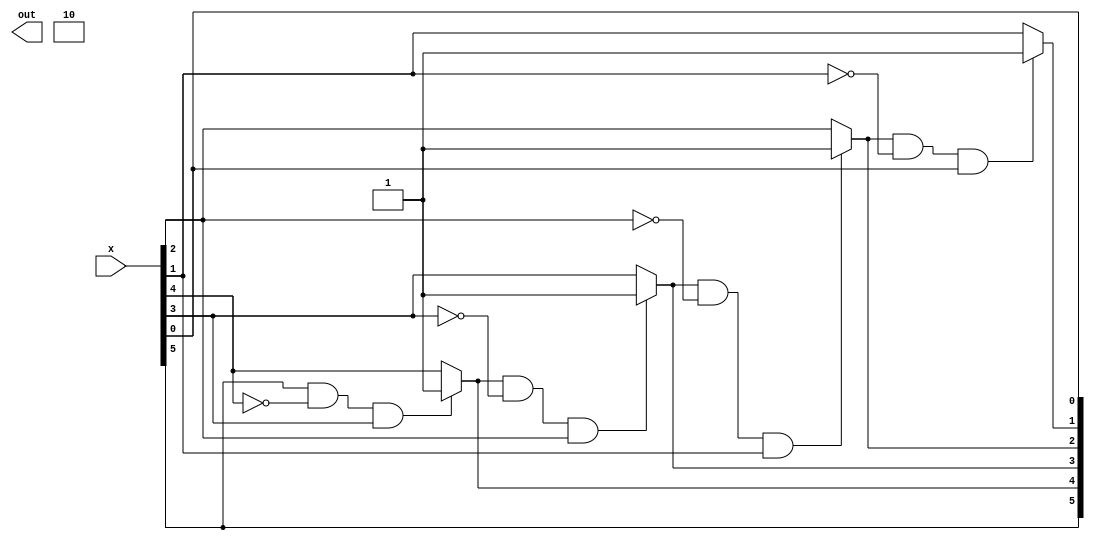
module Operation_6(
                   input [5:0] x,
                   output reg [11:0] out
                   );

integer i;

always @(*)
begin

out[11:10] = 2'b10;
out[9:6] = 4'bxxxx;

out[5:0] = x[5:0];


for(i=0; i<4; i = i + 1) begin
    if(out[5-i] == 1 && out[4-i] == 0 && out[3-i] == 1)
        out[4-i] = 1;
    end

end
endmodule